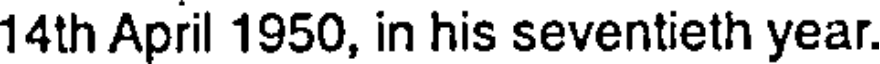
14th April 1950, in his seventieth year.